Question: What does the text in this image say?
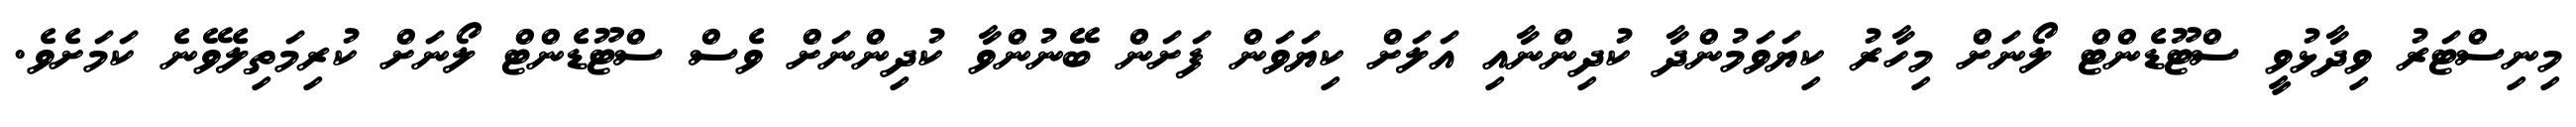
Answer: މިނިސްޓަރު ވިދާޅުވީ ސްޓޫޑެންޓް ލޯނަށް މިހާރު ކިޔަވަމުންދާ ކުދިންނާއި އަލަށް ކިޔަވަން ފަށަން ބޭނުންވާ ކުދިންނަށް ވެސް ސްޓޫޑެންޓް ލޯނަށް ކުރިމަތިލެވޭނެ ކަމަށެވެ.